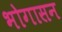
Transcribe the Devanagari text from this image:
भोगासन